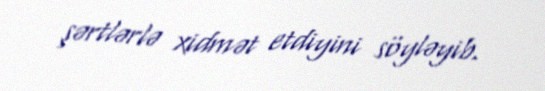
şərtlərlə xidmət etdiyini söyləyib.